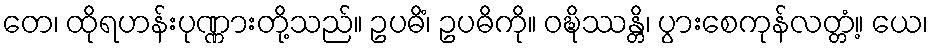
တေ၊ ထိုရဟန်းပုဏ္ဏားတို့သည်။ ဥပဓိံ၊ ဥပဓိကို။ ဝဍ္ဎိဿန္တိ၊ ပွားစေကုန်လတ္တံ့။ ယေ၊